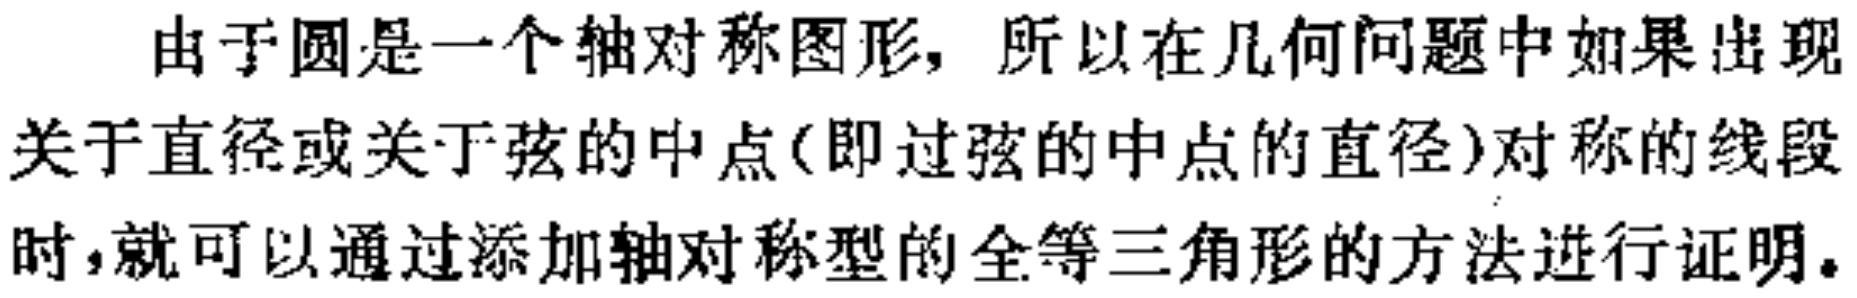
由于圆是一个轴对称图形，所以在几何问题中如果出现关于直径或关于弦的中点(即过弦的中点的直径)对称的线段时，就可以通过添加轴对称型的全等三角形的方法进行证明。